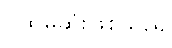
ပထမဆုံးဖြစ်သည်